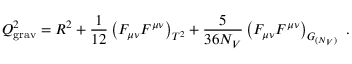
Q _ { \mathrm { g r a v } } ^ { 2 } = R ^ { 2 } + { \frac { 1 } { 1 2 } } \left( F _ { \mu \nu } F ^ { \mu \nu } \right) _ { T ^ { 2 } } + { \frac { 5 } { 3 6 N _ { V } } } \left( F _ { \mu \nu } F ^ { \mu \nu } \right) _ { G _ { ( N _ { V } ) } } ~ .